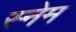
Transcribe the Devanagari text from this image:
स्नेम